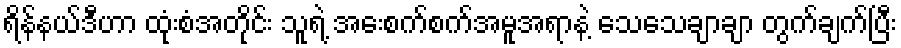
ရိန်နယ်ဒီဟာ ထုံးစံအတိုင်း သူရဲ့ အေးစက်စက်အမူအရာနဲ့ သေသေချာချာ တွက်ချက်ပြီး